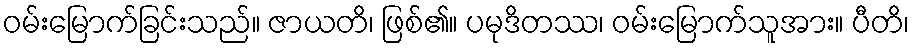
ဝမ်းမြောက်ခြင်းသည်။ ဇာယတိ၊ ဖြစ်၏။ ပမုဒိတဿ၊ ဝမ်းမြောက်သူအား။ ပီတိ၊